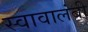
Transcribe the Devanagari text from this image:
स्वावालंबी